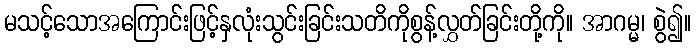
မသင့်သောအကြောင်းဖြင့်နှလုံးသွင်းခြင်းသတိကိုစွန့်လွှတ်ခြင်းတို့ကို။ အာဂမ္မ၊ စွဲ၍။